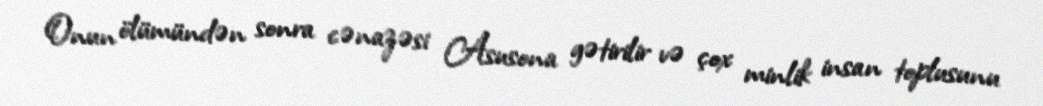
Onun ölümündən sonra cənazəsi Asusona gətirilir və çox minlik insan toplusunu